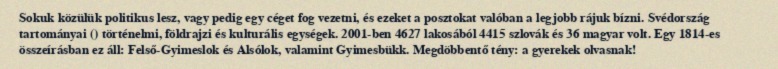
Sokuk közülük politikus lesz, vagy pedig egy céget fog vezetni, és ezeket a posztokat valóban a legjobb rájuk bízni. Svédország tartományai () történelmi, földrajzi és kulturális egységek. 2001-ben 4627 lakosából 4415 szlovák és 36 magyar volt. Egy 1814-es összeírásban ez áll: Felső-Gyimeslok és Alsólok, valamint Gyimesbükk. Megdöbbentő tény: a gyerekek olvasnak!